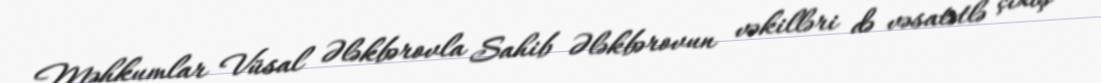
Məhkumlar Vüsal Ələkbərovla Sahib Ələkbərovun vəkilləri də vəsatətlə çıxış